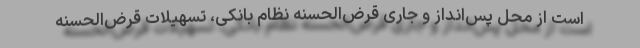
است از محل پس‌انداز و جاری قرض‌الحسنه نظام بانکی، تسهیلات قرض‌الحسنه